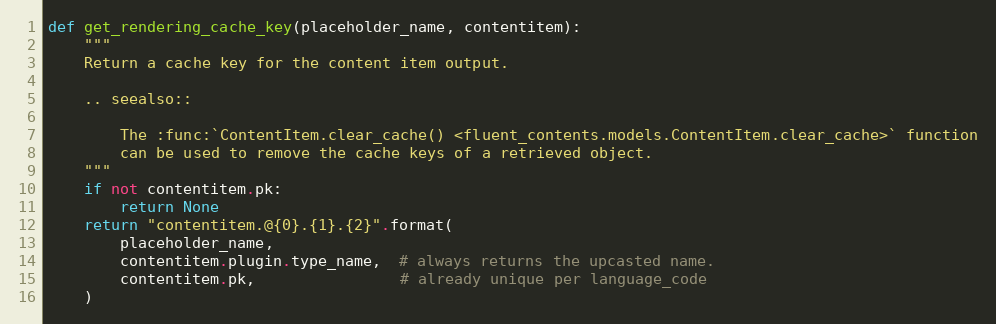
Language: Python
def get_rendering_cache_key(placeholder_name, contentitem):
    """
    Return a cache key for the content item output.

    .. seealso::

        The :func:`ContentItem.clear_cache() <fluent_contents.models.ContentItem.clear_cache>` function
        can be used to remove the cache keys of a retrieved object.
    """
    if not contentitem.pk:
        return None
    return "contentitem.@{0}.{1}.{2}".format(
        placeholder_name,
        contentitem.plugin.type_name,  # always returns the upcasted name.
        contentitem.pk,                # already unique per language_code
    )